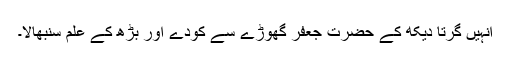
انہیں گرتا دیکھ کے حضرت جعفرؓ گھوڑے سے کودے اور بڑھ کے علم سنبھالا۔